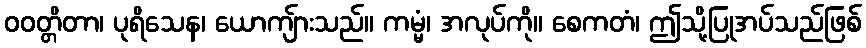
ဝဝတ္တိတာ၊ ပုရိသေန၊ ယောကျ်ားသည်။ ကမ္မံ၊ အလုပ်ကို။ စေကတံ၊ ဤသို့ပြုအပ်သည်ဖြစ်